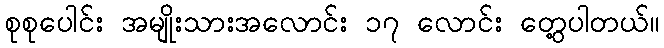
စုစုပေါင်း အမျိုးသားအလောင်း ၁၇ လောင်း တွေ့ပါတယ်။